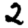
Digit: 2